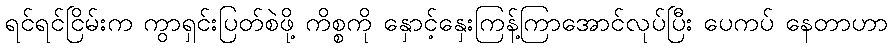
ရင်ရင်ငြိမ်းက ကွာရှင်းပြတ်စဲဖို့ ကိစ္စကို နှောင့်နှေးကြန့်ကြာအောင်လုပ်ပြီး ပေကပ် နေတာဟာ